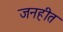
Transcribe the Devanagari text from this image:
जनहीत